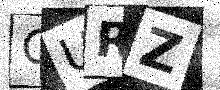
Text: OURZ